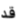
قد